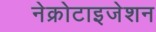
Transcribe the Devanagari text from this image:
नेक्रोटाइजेशन